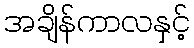
အချိန်ကာလနှင့်